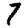
Digit: 7